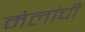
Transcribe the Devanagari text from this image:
मेलांची